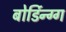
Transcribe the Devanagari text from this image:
बोर्डिन्ग्ग